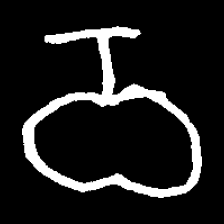
Pyu character \u2014 Myanmar letter: ဝ (romanized: wa)